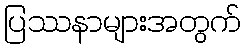
ပြဿနာများအတွက်